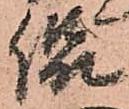
侃